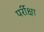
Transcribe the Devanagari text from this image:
पर्रीक्षा